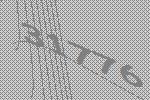
31776